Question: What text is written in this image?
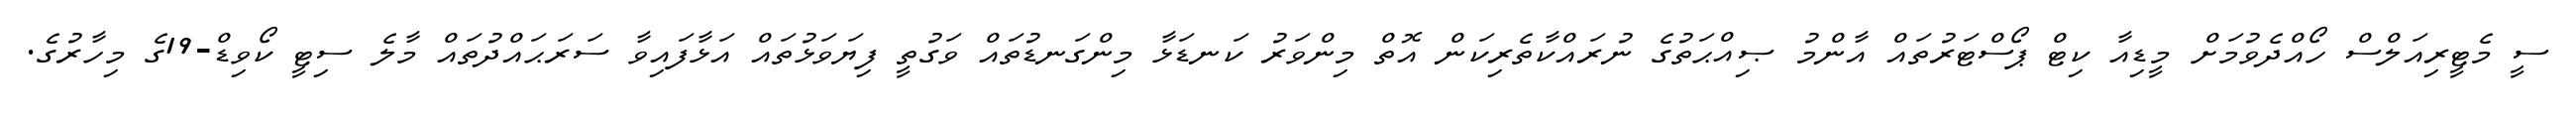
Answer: ސީ މެޓީރިއަލްސް ހޯއްދެވުމަށް މީޑިއާ ކިޓް ޕޯސްޓަރުތައް އާންމު ޞިއްޙަތުގެ ނުރައްކާތެރިކަން އޮތް މިންވަރު ކަނޑަޅާ މިންގަނޑުތައް ވަގުތީ ފިޔަވަޅުތައް އަޅާފައިވާ ސަރަޙައްދުތައް މާލެ ސިޓީ ކޯވިޑް-19ގެ މިހާރުގެ.